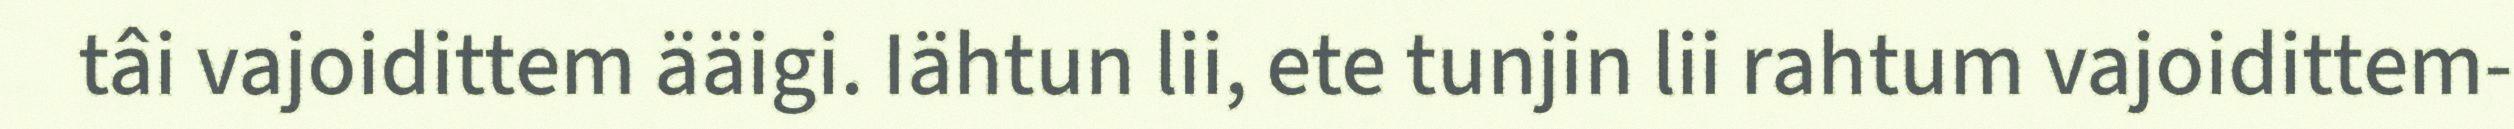
tâi vajoidittem ääigi. Iähtun lii, ete tunjin lii rahtum vajoidittem-